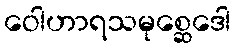
ဝေါဟာရသမုစ္ဆေဒေါ